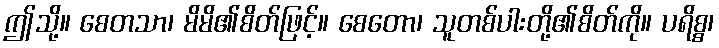
ဤသို့။ စေတသာ၊ မိမိ၏စိတ်ဖြင့်။ စေတော၊ သူတစ်ပါးတို့၏စိတ်ကို။ ပရိစ္စ၊